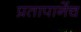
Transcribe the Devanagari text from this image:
प्रतापानेंच